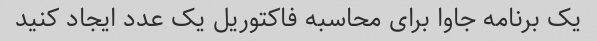
یک برنامه جاوا برای محاسبه فاکتوریل یک عدد ایجاد کنید